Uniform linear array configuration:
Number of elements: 24
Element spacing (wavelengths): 0.5
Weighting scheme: kaiser
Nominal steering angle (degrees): -45
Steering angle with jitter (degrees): -45.441
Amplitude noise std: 0.05
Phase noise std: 0.05

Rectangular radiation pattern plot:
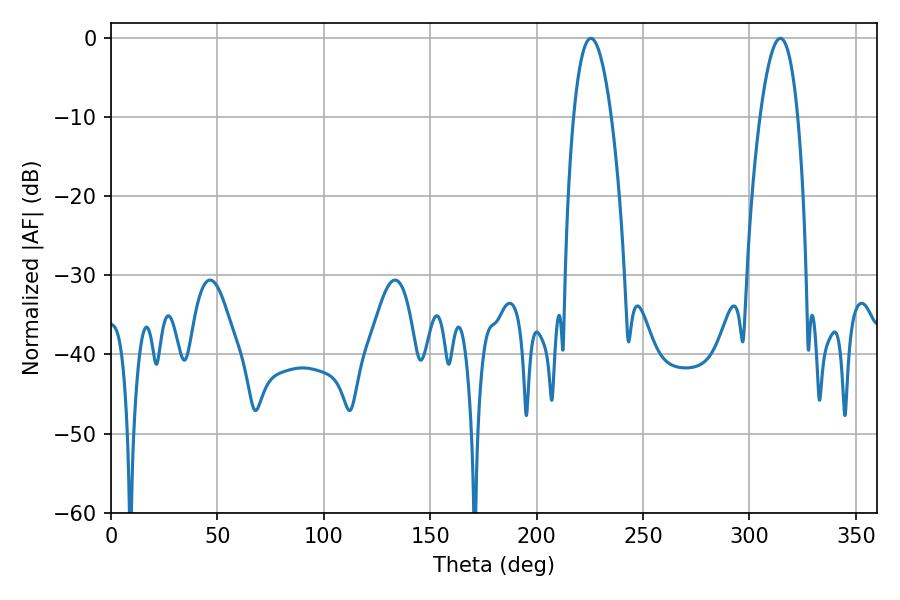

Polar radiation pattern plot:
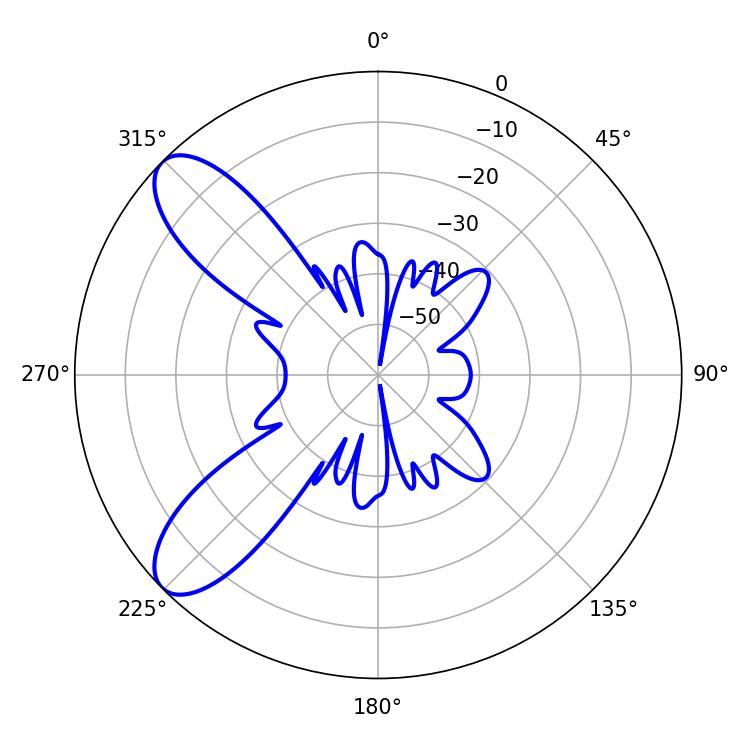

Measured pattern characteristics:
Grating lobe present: FALSE
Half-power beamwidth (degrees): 9.72
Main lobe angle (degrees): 225.54